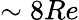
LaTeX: \sim 8Re